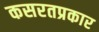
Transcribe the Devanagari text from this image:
कसरतप्रकार